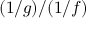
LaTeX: ( 1 / g ) / ( 1 / f )